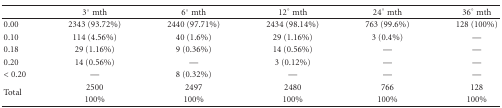
<table><thead><tr><td></td><td><b>3° mth</b></td><td><b>6° mth</b></td><td><b>12° mth</b></td><td><b>24° mth</b></td><td><b>36° mth</b></td></tr></thead><tbody><tr><td>0.00</td><td>2343 (93.72%)</td><td>2440 (97.71%)</td><td>2434 (98.14%)</td><td>763 (99.6%)</td><td>128 (100%)</td></tr><tr><td>0.10</td><td>114 (4.56%)</td><td>40 (1.6%)</td><td>29 (1.16%)</td><td>3 (0.4%)</td><td>—</td></tr><tr><td>0.18</td><td>29 (1.16%)</td><td>9 (0.36%)</td><td>14 (0.56%)</td><td>—</td><td>—</td></tr><tr><td>0.20</td><td>14 (0.56%)</td><td>—</td><td>3 (0.12%)</td><td>—</td><td>—</td></tr><tr><td>&lt; 0.20</td><td>—</td><td>8 (0.32%)</td><td>—</td><td>—</td><td>—</td></tr><tr><td rowspan="2">Total</td><td>2500</td><td>2497</td><td>2480</td><td>766</td><td>128</td></tr><tr><td>100%</td><td>100%</td><td>100%</td><td>100%</td><td>100%</td></tr></tbody></table>